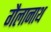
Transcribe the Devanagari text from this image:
गैलानाथ